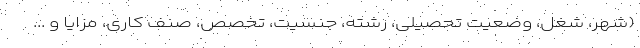
(شهر، شغل، وضعیت تحصیلی، رشته، جنسیت، تخصص، صنف کاری، مزایا و ...